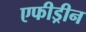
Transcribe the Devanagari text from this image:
एफीड्रीन